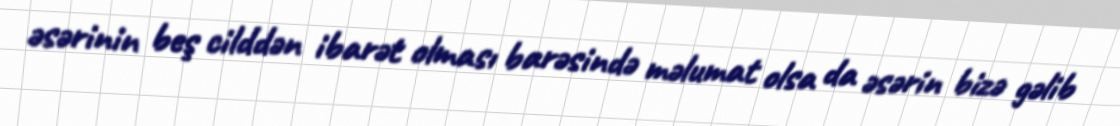
əsərinin beş cilddən ibarət olması barəsində məlumat olsa da əsərin bizə gəlib